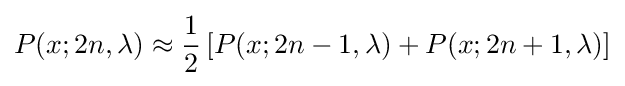
P(x;2n,\lambda )\approx {\frac {1}{2}}\left[P(x;2n-1,\lambda )+P(x;2n+1,\lambda )\right]